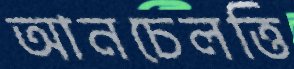
আনচেলত্তি